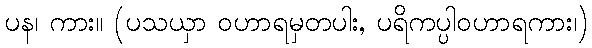
ပန၊ ကား။ (ပသယှာ ဝဟာရမှတပါး, ပရိကပ္ပါဝဟာရကား၊)